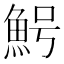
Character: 𱆩